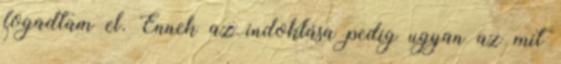
fogadtam el. Ennek az indoklása pedig ugyan az mit